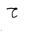
Letter: _ha